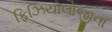
ફિઝિયોલોજીના